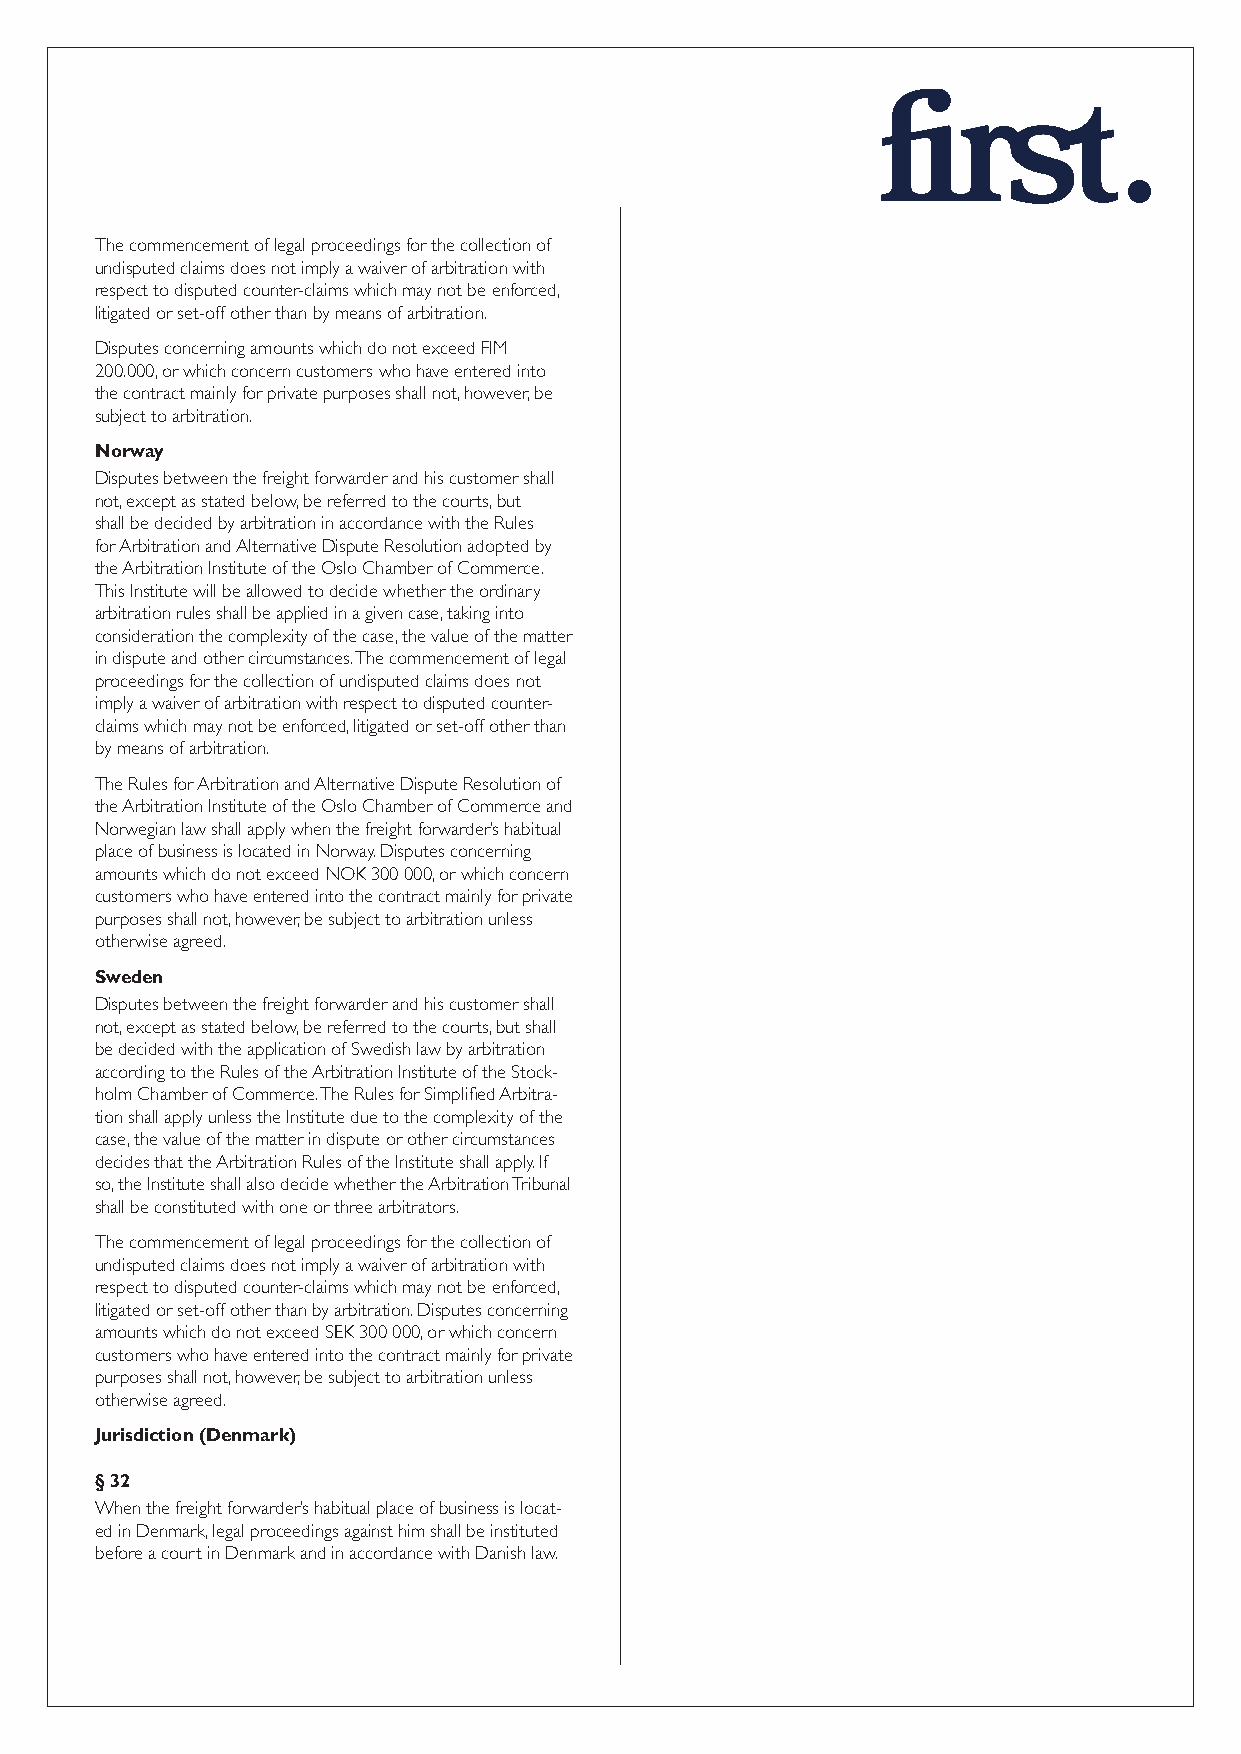
The commencement of legal proceedings for the collection of
 undisputed claims does not imply a waiver of arbitration with
 respect to disputed counter-claims which may not be enforced,
 litigated or set-off other than by means of arbitration.
 Disputes concerning amounts which do not exceed FIM
 200.000, or which concern customers who have entered into
 the contract mainly for private purposes shall not, however, be
 subject to arbitration.
 Norway
 Disputes between the freight forwarder and his customer shall
 not, except as stated below, be referred to the courts, but
 shall be decided by arbitration in accordance with the Rules
 for Arbitration and Alternative Dispute Resolution adopted by
 the Arbitration Institute of the Oslo Chamber of Commerce.
 This Institute will be allowed to decide whether the ordinary
 arbitration rules shall be applied in a given case, taking into
 consideration the complexity of the case, the value of the matter
 in dispute and other circumstances. The commencement of legal
 proceedings for the collection of undisputed claims does not
 imply a waiver of arbitration with respect to disputed counter-
 claims which may not be enforced, litigated or set-off other than
 by means of arbitration.
 The Rules for Arbitration and Alternative Dispute Resolution of
 the Arbitration Institute of the Oslo Chamber of Commerce and
 Norwegian law shall apply when the freight forwarder’s habitual
 place of business is located in Norway. Disputes concerning
 amounts which do not exceed NOK 300 000, or which concern
 customers who have entered into the contract mainly for private
 purposes shall not, however, be subject to arbitration unless
 otherwise agreed.
 Sweden
 Disputes between the freight forwarder and his customer shall
 not, except as stated below, be referred to the courts, but shall
 be decided with the application of Swedish law by arbitration
 according to the Rules of the Arbitration Institute of the Stock-
 holm Chamber of Commerce. The Rules for Simplifi ed Arbitra-
 tion shall apply unless the Institute due to the complexity of the
 case, the value of the matter in dispute or other circumstances
 decides that the Arbitration Rules of the Institute shall apply. If
 so, the Institute shall also decide whether the Arbitration Tribunal
 shall be constituted with one or three arbitrators.
 The commencement of legal proceedings for the collection of
 undisputed claims does not imply a waiver of arbitration with
 respect to disputed counter-claims which may not be enforced,
 litigated or set-off other than by arbitration. Disputes concerning
 amounts which do not exceed SEK 300 000, or which concern
 customers who have entered into the contract mainly for private
 purposes shall not, however, be subject to arbitration unless
 otherwise agreed.
 Jurisdiction (Denmark)
 §32
 When the freight forwarder’s habitual place of business is locat-
 ed in Denmark, legal proceedings against him shall be instituted
 before a court in Denmark and in accordance with Danish law.